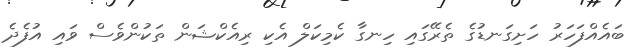
ބައެއްފަހަރު ހަށިގަނޑުގެ ތެރޭގައި ހިނގާ ކެމިކަލް އެކި ރިއެކްޝަން ތަކުންވެސް ވައި އުފެދެ